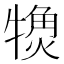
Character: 𬌨